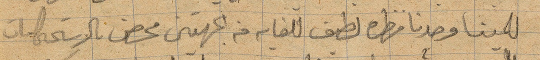
للمينا وجدنا مظهره لطيف للغاية من الجهتين محصن بالاستحصانات